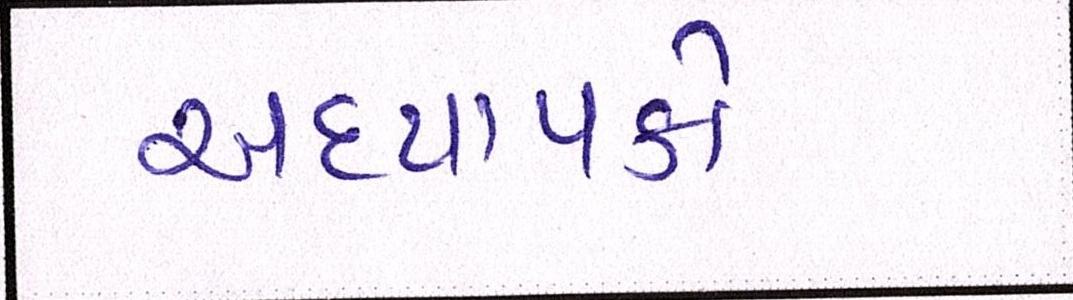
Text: અધ્યાપકો